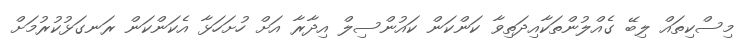
މިސްކިތައް ލިބޭ ގެއްލުންތަކާއިދަތިވާ ކަންކަން ކައުންސިލް އިދާރާ އަށް ހުށަހަޅާ އެކަންކަން ރަނގަޅުކުރުމަށް